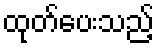
ထုတ်ပေးသည့်